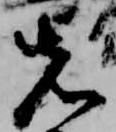
先